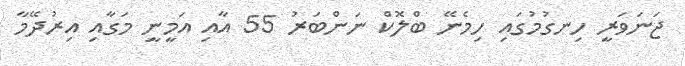
ޖަނަވަރީ ހިނގުމުގައި ހިމެނޭ ބްލޮކް ނަންބަރު 55 އާއި އަމީނީ މަގާއި އިރުދޭމާ